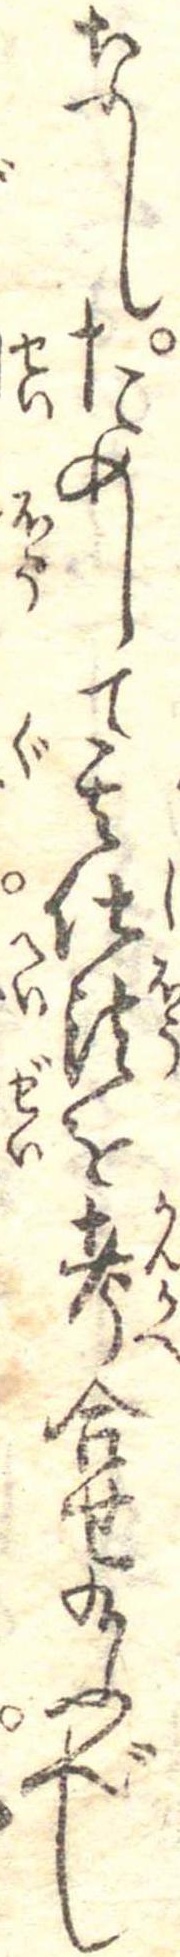
なしためして其仕法を考合せ玉ふべし